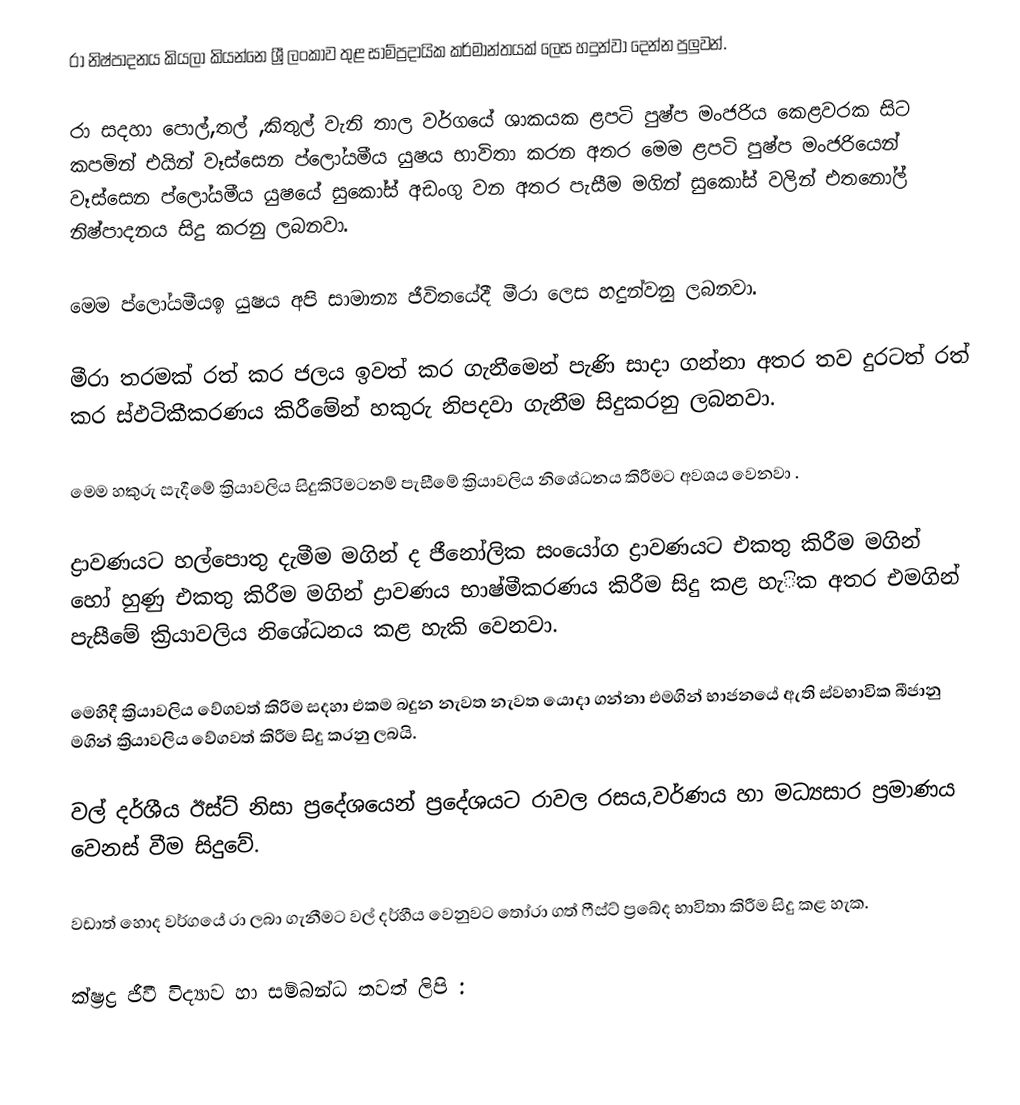
රා නිෂ්පාදනය කියලා කියන්නෙ ශ්‍රී ලංකාව තුළ සාම්ප්‍රදායික කර්මාන්තයක් ලෙස හදුන්වා දෙන්න පුලුවන්.

රා සදහා පොල්,තල් ,කිතුල් වැනි තාල වර්ගයේ ශාකයක ළපටි පුෂ්ප මංජරිය කෙළවරක සිට කපමින් එයින් වෑස්සෙන ප්ලෝයමීය යුෂය භාවිතා කරන අතර මෙම ළපටි පුෂ්ප මංජරියෙන්  වෑස්සෙන ප්ලෝයමීය යුෂයේ සුකෝස් අඩංගු වන අතර පැසීම මගින් සුකෝස්  වලින් එතනෝල් නිෂ්පාදනය සිදු කරනු ලබනවා.

මෙම ප්ල‍ෝයමීයඉ යුෂය අපි සාමාන්‍ය ජීවිතයේදී මීරා ලෙස හදුන්වනු ලබනවා.

මීරා තරමක් රත් කර ජලය ඉවත් කර ගැනීමෙන් පැණි සාදා ගන්නා අතර තව දුරටත් රත් කර ස්ඵටිකීකරණය කිරීමේන් හකුරු නිපදවා ගැනීම සිදුකරනු ලබනවා.

මෙම හකුරු සැදීමේ ක්‍රියාවලිය සිදුකිර‍ිමටනම් පැසීමේ ක්‍රියාවලිය නිශේධනය කිරීමට අවශය වෙනවා‍ .

ද්‍රාවණයට හල්පොතු දැමීම මගින් ද ජීනෝලික සංයෝග ද්‍රාවණයට එකතු කිරීම මගින් හෝ හුණු එකතු කිරීම මගින් ද්‍රාවණය භාෂ්මීකරණය කිරීම සිදු කළ හැික අතර එමගින් පැසීමේ ක්‍රියාවලිය නිශේධනය කළ හැකි වෙනවා.

මෙහිදී ක්‍රියාවලිය වේගවත් කිරීම සදහා එකම බදුන නැවත නැවත යොදා ගන්නා එමගින් භාජනයේ ඇති ස්වභාවික බීජානු මගින් ක්‍රියාවලිය වේගවත් කිරීම සිදු කරනු ලබයි.

වල් දර්ශීය ඊස්ට් නිසා ප්‍රදේශයෙන් ප්‍රදේශයට රාවල රසය,වර්ණය හා මධ්‍යසාර ප්‍රමාණය වෙනස් වීම සිදුවේ.

වඩාත් හොද වර්ගයේ රා ලබා ගැනීමට වල් දර්හීය වෙනුවට තෝරා ගත් ෆීස්ට් ප්‍රබේද භාවිතා කිරීම සිදු කළ හැක.

ක්ෂ්‍රද්‍ර ජීවී විද්‍යාව හා සම්බන්ධ තවත් ලිපි :